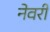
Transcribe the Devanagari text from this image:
नेवरी